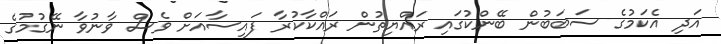
އަދި އެކަމުގެ ސަބަބުން ބޭންކުގައި ރައްޔިތުން ރައްކާކުރާ ފައިސާއަށް ވެސް ވާނުވާ ނޭގުމުގެ